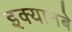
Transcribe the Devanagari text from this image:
इक्यानबे